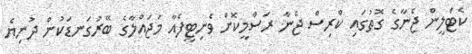
ކެޓްލީން ޖެނާގެ ގޮތުގައި ކްރިސް ޖެނާ ރަސްމީކޮށް ވެނިޓީފެއާ މަޖައްލާގެ ބޭރުގަނޑަކުން ދުނިޔެ